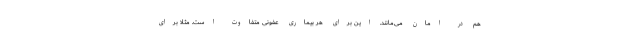
هم در امان می‌مانند. این برای هر بیماری عفونی متفاوت است. مثلا برای